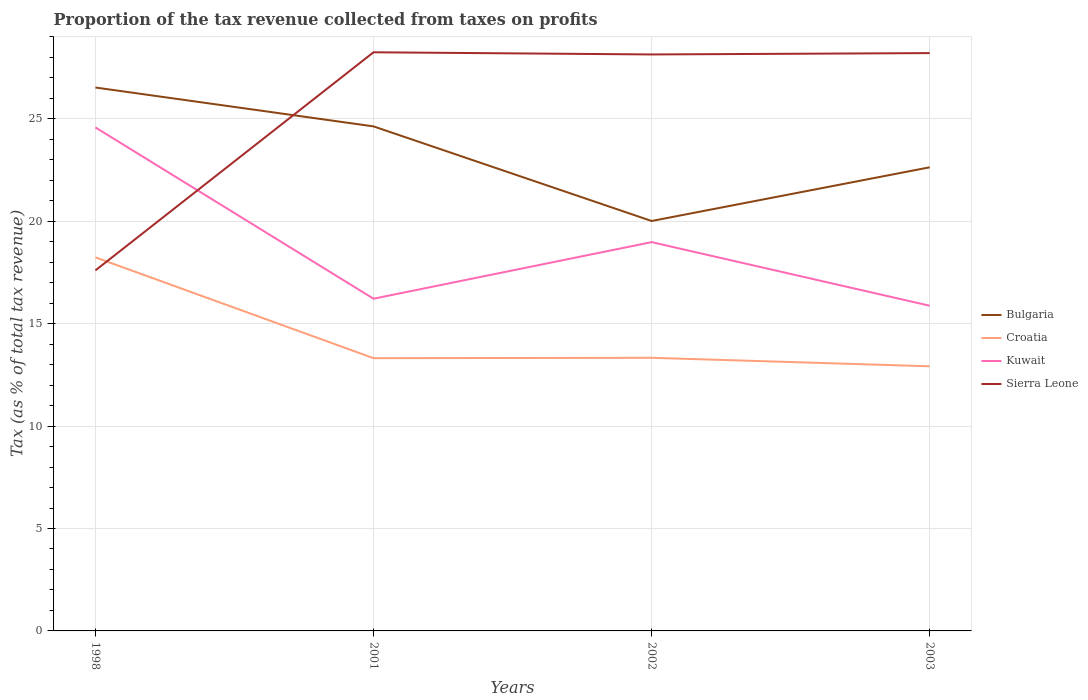
| Years | Bulgaria | Croatia | Kuwait | Sierra Leone |
 | --- | --- | --- | --- | --- |
 | 1998 | 26.5 | 18.2 | 24.6 | 17.6 |
 | 2001 | 24.6 | 13.3 | 16.2 | 28.2 |
 | 2002 | 20 | 13.3 | 19 | 28.1 |
 | 2003 | 22.6 | 12.9 | 15.9 | 28.2 |